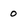
Character: o